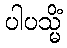
ပါပသ္မိံ